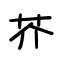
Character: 芥